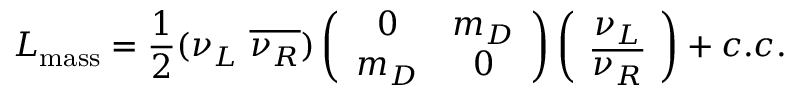
{ \cal L } _ { \mathrm { m a s s } } = \frac { 1 } { 2 } ( \nu _ { L } \ \overline { { { \nu _ { R } } } } ) \left( \begin{array} { c c } { { 0 } } & { { m _ { D } } } \\ { { m _ { D } } } & { { 0 } } \end{array} \right) \left( \begin{array} { c } { { \nu _ { L } } } \\ { { \overline { { { \nu _ { R } } } } } } \end{array} \right) + c . c .